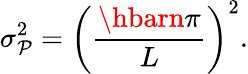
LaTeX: \sigma_{\mathcal{P}}^{2}=\left({\frac{{\hbarn\pi}}{{L}}}\right)^{2}.